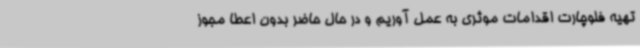
تهیه فلوچارت اقدامات موثری به عمل آوریم و در حال حاضر بدون اعطا مجوز